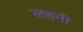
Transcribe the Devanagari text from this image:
लहनी